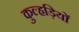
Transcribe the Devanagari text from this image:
कुल्हड़ियों